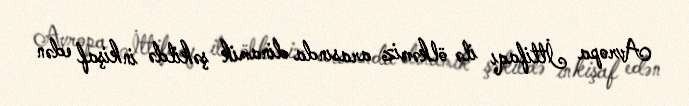
Avropa İttifaqı ilə ölkəmiz arasında dinamik şəkildə inkişaf edən